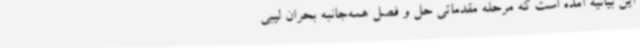
این بیانیه آمده است که مرحله مقدماتی حل و فصل همه‌جانبه بحران لیبی